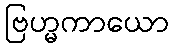
ဗြဟ္မကာယော